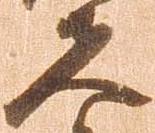
夫